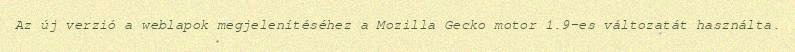
Az új verzió a weblapok megjelenítéséhez a Mozilla Gecko motor 1.9-es változatát használta.